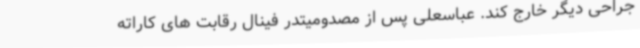
جراحی دیگر خارج کند. عباسعلی پس از مصدومیتدر فینال رقابت های کاراته